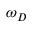
\omega _ { D }